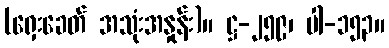
(ရှေးခေတ် အသုံးအနှုန်း)။ ဋ္ဌ-၂၅၉၊ ပါ-၁၅၃။